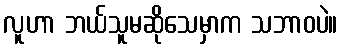
လူဟာ ဘယ်သူမဆိုသေမှာက သဘာဝပဲ။